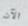
الآن